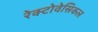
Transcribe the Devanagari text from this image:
रेक्टोवेसिकल